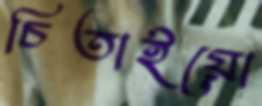
চিতাইয়ো